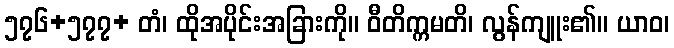
၅၇၆+၅၇၇+ တံ၊ ထိုအပိုင်းအခြားကို။ ဝီတိက္ကမတိ၊ လွန်ကျူး၏။ ယာဝ၊